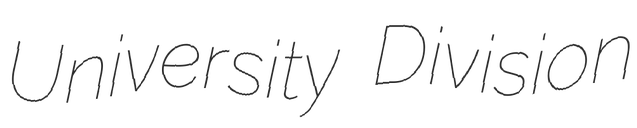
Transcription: University Division